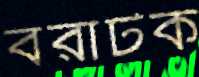
বরাটক